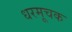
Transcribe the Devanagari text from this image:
धरमूचक